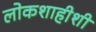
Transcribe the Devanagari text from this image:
लोकशाहीशी